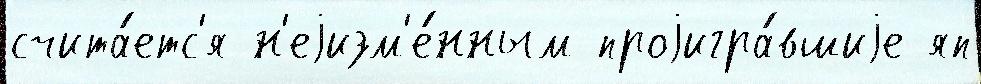
счита́етс'я н'еjизм'е́нным проjигра́вшиjе яп